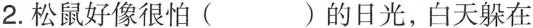
2. 松鼠好像很怕( )的日光，白天躲在